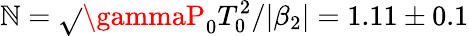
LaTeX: \mathbb{N}=\sqrt{}{{\gammaP_{0}T_{0}^{2}/|\beta_{2}|}}=1.11\pm0.1